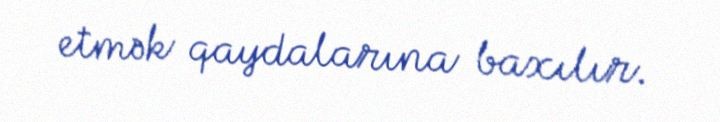
etmək qaydalarına baxılır.